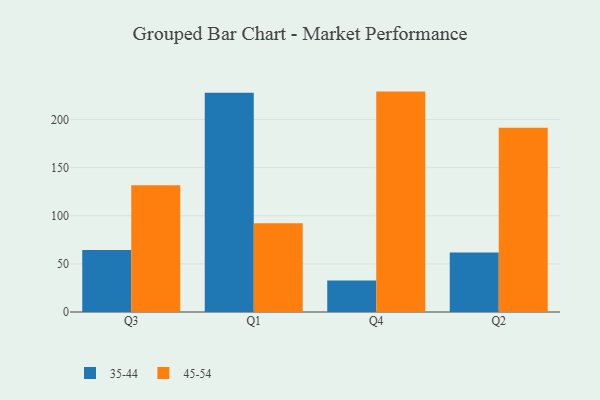
{"axis": {"x": "Quarter", "y": "Demand Index"}, "legend": ["35-44", "45-54"], "data": [{"x": "Q3", "y": 64.3, "type": "35-44"}, {"x": "Q3", "y": 131.6, "type": "45-54"}, {"x": "Q1", "y": 227.8, "type": "35-44"}, {"x": "Q1", "y": 92.2, "type": "45-54"}, {"x": "Q4", "y": 32.7, "type": "35-44"}, {"x": "Q4", "y": 229.0, "type": "45-54"}, {"x": "Q2", "y": 61.8, "type": "35-44"}, {"x": "Q2", "y": 191.5, "type": "45-54"}]}